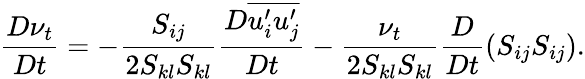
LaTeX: \frac{D\nu_{t}}{Dt}=-\frac{S_{ij}}{2S_{kl}S_{kl}}\frac{D\overline{{u_{i}^{\prime}u_{j}^{\prime}}}}{Dt}-\frac{\nu_{t}}{2S_{kl}S_{kl}}\frac{D}{Dt}\left(S_{ij}S_{ij}\right).